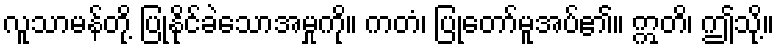
လူသာမန်တို့ ပြုနိုင်ခဲသောအမှုကို။ ကတံ၊ ပြုတော်မူအပ်၏။ ဣတိ၊ ဤသို့။